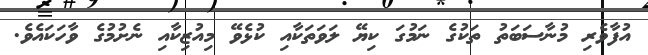
އުފާވެރި މުނާސަބަތު ތަކުގެ ނަމުގަ ކިޔޭ ލަވަތަކާއި ކުޅެވޭ މިއުޒިކާއި ނެށުމުގެ ވާހަކައެވެ.